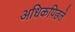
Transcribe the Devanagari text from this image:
अधिकपिछले